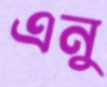
এনু